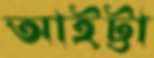
আইট্টা